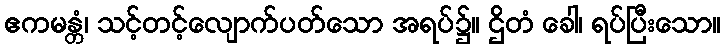
ဧကမန္တံ၊ သင့်တင့်လျောက်ပတ်သော အရပ်၌။ ဌိတံ ခေါ၊ ရပ်ပြီးသော။